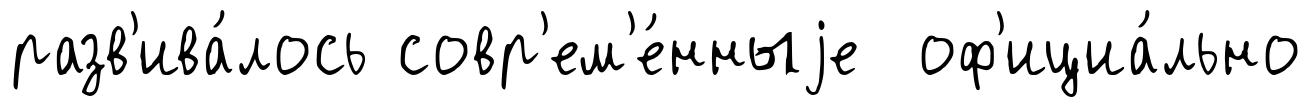
разв'ива́лось совр'ем'е́нныjе оф'ициа́льно